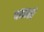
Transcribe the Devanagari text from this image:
चळ्वळी